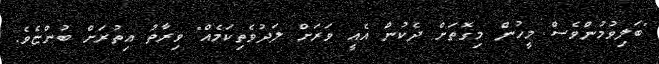
"ބަލިވުމުންވެސް މީހުން މިގޮތަށް ދެކުން އެއީ ވަރަށް ލަދުވެތިކަމެއް" ވިރާތު އިތުރަށް ބުންޏެވެ.